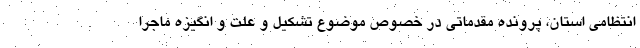
انتظامی استان، پرونده مقدماتی در خصوص موضوع تشکیل و علت و انگیزه ماجرا